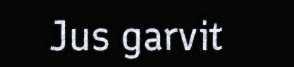
Jus garvit